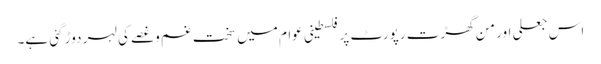
اس جعلی اور من گھڑت رپورٹ پر فلسطینی عوام میں سخت غم وغصے کی لہر دوڑ گئی ہے۔